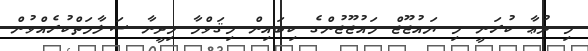
މި ދުޢާ ކުރަނީ މި ޔައުޖޫޖް މައުޖޫޖުންގެ ކިބައިން މިޤަވްމާ މިދީނާ ސަލާމަތްކުރެއްވުން